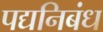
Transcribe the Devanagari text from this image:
पद्यनिबंध